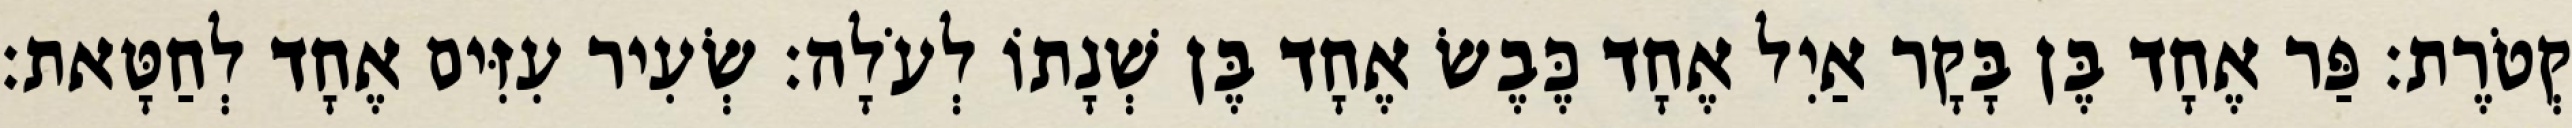
קְטֹרֶת׃ פַּר אֶחָד בֶּן בָּקָר אַיִל אֶחָד כֶּבֶשׂ אֶחָד בֶּן שְׁנָתוֹ לְעֹלָה׃ שְׂעִיר עִזִּים אֶחָד לְחַטָּאת׃